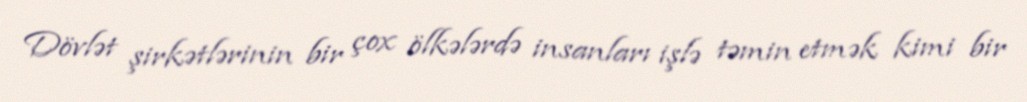
Dövlət şirkətlərinin bir çox ölkələrdə insanları işlə təmin etmək kimi bir